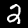
Digit: 2